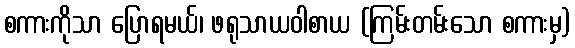
စကားကိုသာ ပြောရမယ်၊ ဖရုသာယဝါစာယ (ကြမ်းတမ်းသော စကားမှ)